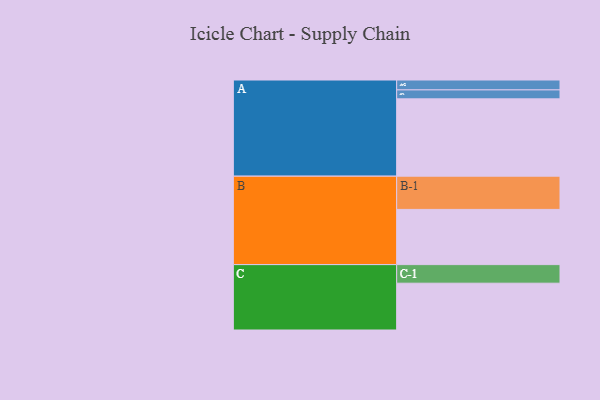
{"axis": {"x": "Segment", "y": "Value"}, "legend": ["", "A", "B", "C"], "data": [{"x": "A", "y": 570, "type": ""}, {"x": "B", "y": 407, "type": ""}, {"x": "C", "y": 345, "type": ""}, {"x": "A-1", "y": 66, "type": "A"}, {"x": "A-2", "y": 73, "type": "A"}, {"x": "B-1", "y": 245, "type": "B"}, {"x": "C-1", "y": 137, "type": "C"}]}